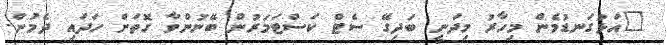
"އަޅުގަނޑުމެން މިހާރު މިދަނީ ބަދިގޭ ސެޓް ކަސްޓަމަރުން ބޭނުންވާ ގޮތަށް ހަދައި ދެމުން.